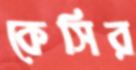
কেসির